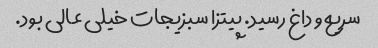
سریع و داغ رسید. پیتزا سبزیجات خیلی عالی بود.